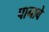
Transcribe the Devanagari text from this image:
पानावे